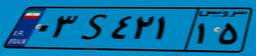
۰۳S۴۲۱۱۵